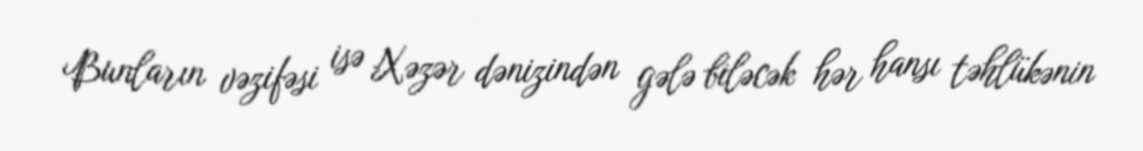
Bunların vəzifəsi isə Xəzər dənizindən gələ biləcək hər hansı təhlükənin